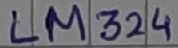
Text: LM324